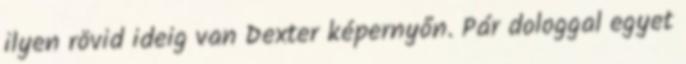
ilyen rövid ideig van Dexter képernyőn. Pár dologgal egyet